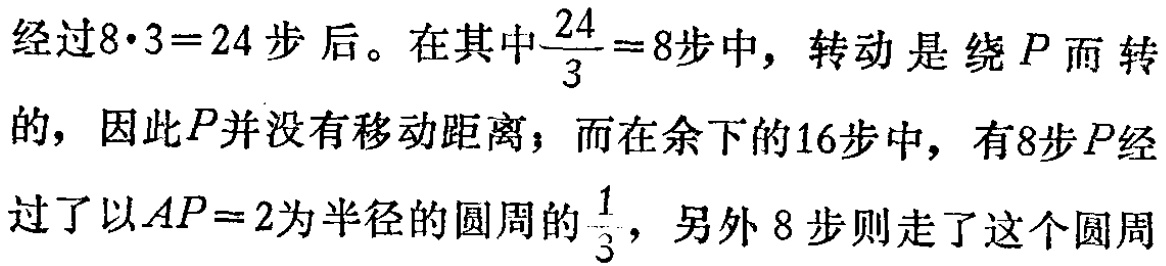
经过\(8\cdot3 = 24\)步后。在其中\(\frac{24}{3}=8\)步中，转动是绕\(P\)而转的，因此\(P\)并没有移动距离；而在余下的\(16\)步中，有\(8\)步\(P\)经过了以\(AP = 2\)为半径的圆周的\(\frac{1}{3}\)，另外\(8\)步则走了这个圆周